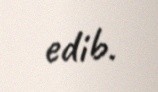
edib.